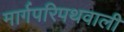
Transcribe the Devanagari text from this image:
मार्गपरिपथवाली